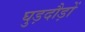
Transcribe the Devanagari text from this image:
घुड़दौड़ों